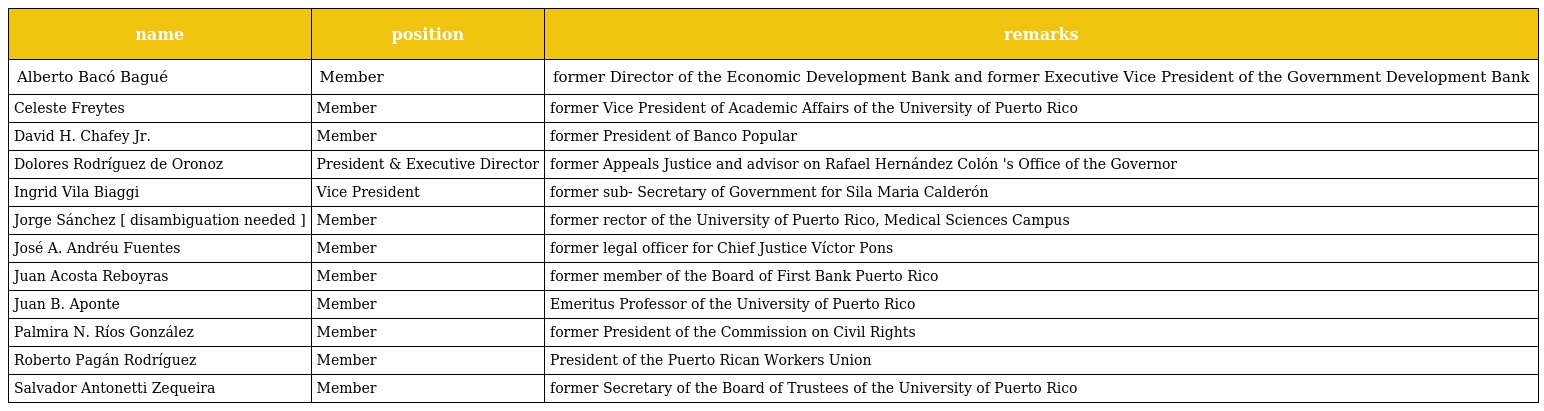
| name | position | remarks |
 | --- | --- | --- |
 | Alberto Bacó Bagué | Member | former Director of the Economic Development Bank and former Executive Vice President of the Government Development Bank |
 | Celeste Freytes | Member | former Vice President of Academic Affairs of the University of Puerto Rico |
 | David H. Chafey Jr. | Member | former President of Banco Popular |
 | Dolores Rodríguez de Oronoz | President & Executive Director | former Appeals Justice and advisor on Rafael Hernández Colón 's Office of the Governor |
 | Ingrid Vila Biaggi | Vice President | former sub- Secretary of Government for Sila Maria Calderón |
 | Jorge Sánchez [ disambiguation needed ] | Member | former rector of the University of Puerto Rico, Medical Sciences Campus |
 | José A. Andréu Fuentes | Member | former legal officer for Chief Justice Víctor Pons |
 | Juan Acosta Reboyras | Member | former member of the Board of First Bank Puerto Rico |
 | Juan B. Aponte | Member | Emeritus Professor of the University of Puerto Rico |
 | Palmira N. Ríos González | Member | former President of the Commission on Civil Rights |
 | Roberto Pagán Rodríguez | Member | President of the Puerto Rican Workers Union |
 | Salvador Antonetti Zequeira | Member | former Secretary of the Board of Trustees of the University of Puerto Rico |